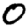
Digit: 0